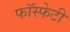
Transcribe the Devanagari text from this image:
फॉस्फेटी